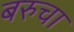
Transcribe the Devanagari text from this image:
बरुचा